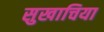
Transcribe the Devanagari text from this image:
सुखाचिया